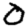
Digit: 0